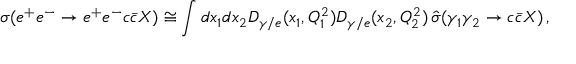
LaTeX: \sigma ( e ^ { + } e ^ { - } \rightarrow e ^ { + } e ^ { - } c \bar { c } X ) \cong \int d x _ { 1 } d x _ { 2 } D _ { \gamma / e } ( x _ { 1 } , Q _ { 1 } ^ { 2 } ) D _ { \gamma / e } ( x _ { 2 } , Q _ { 2 } ^ { 2 } ) \, \hat { \sigma } ( \gamma _ { 1 } \gamma _ { 2 } \rightarrow c \bar { c } X ) \, ,